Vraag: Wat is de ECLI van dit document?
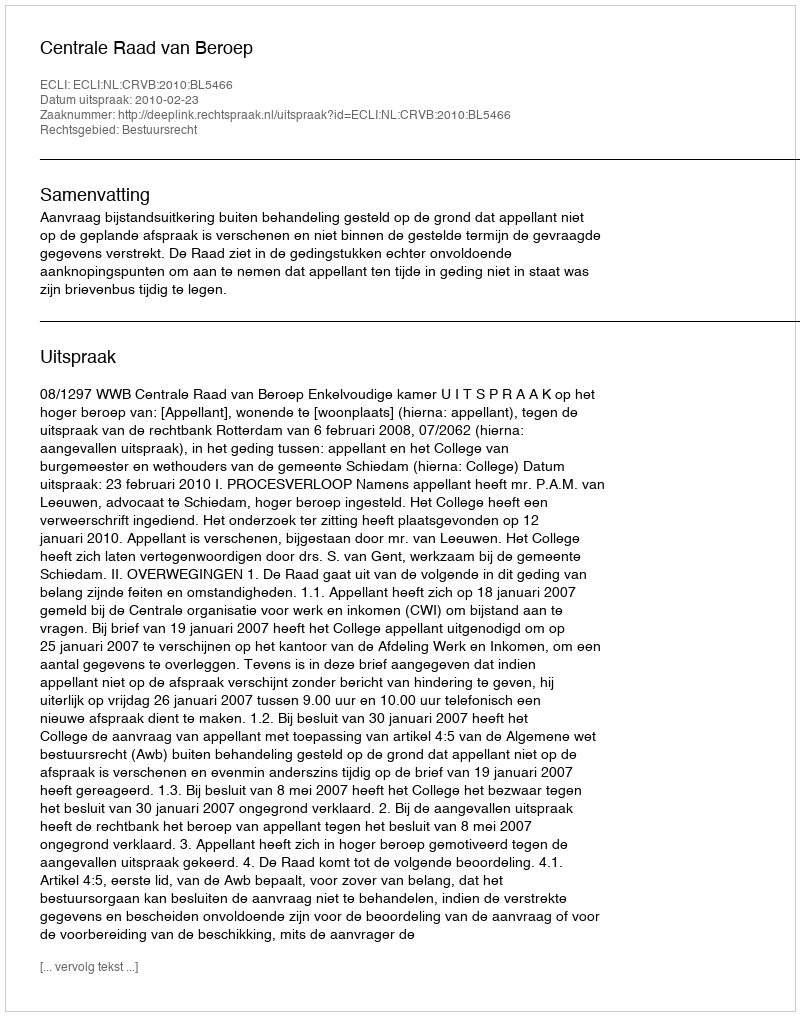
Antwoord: ECLI:NL:CRVB:2010:BL5466